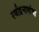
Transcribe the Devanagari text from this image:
रवीद्रनाथांचा